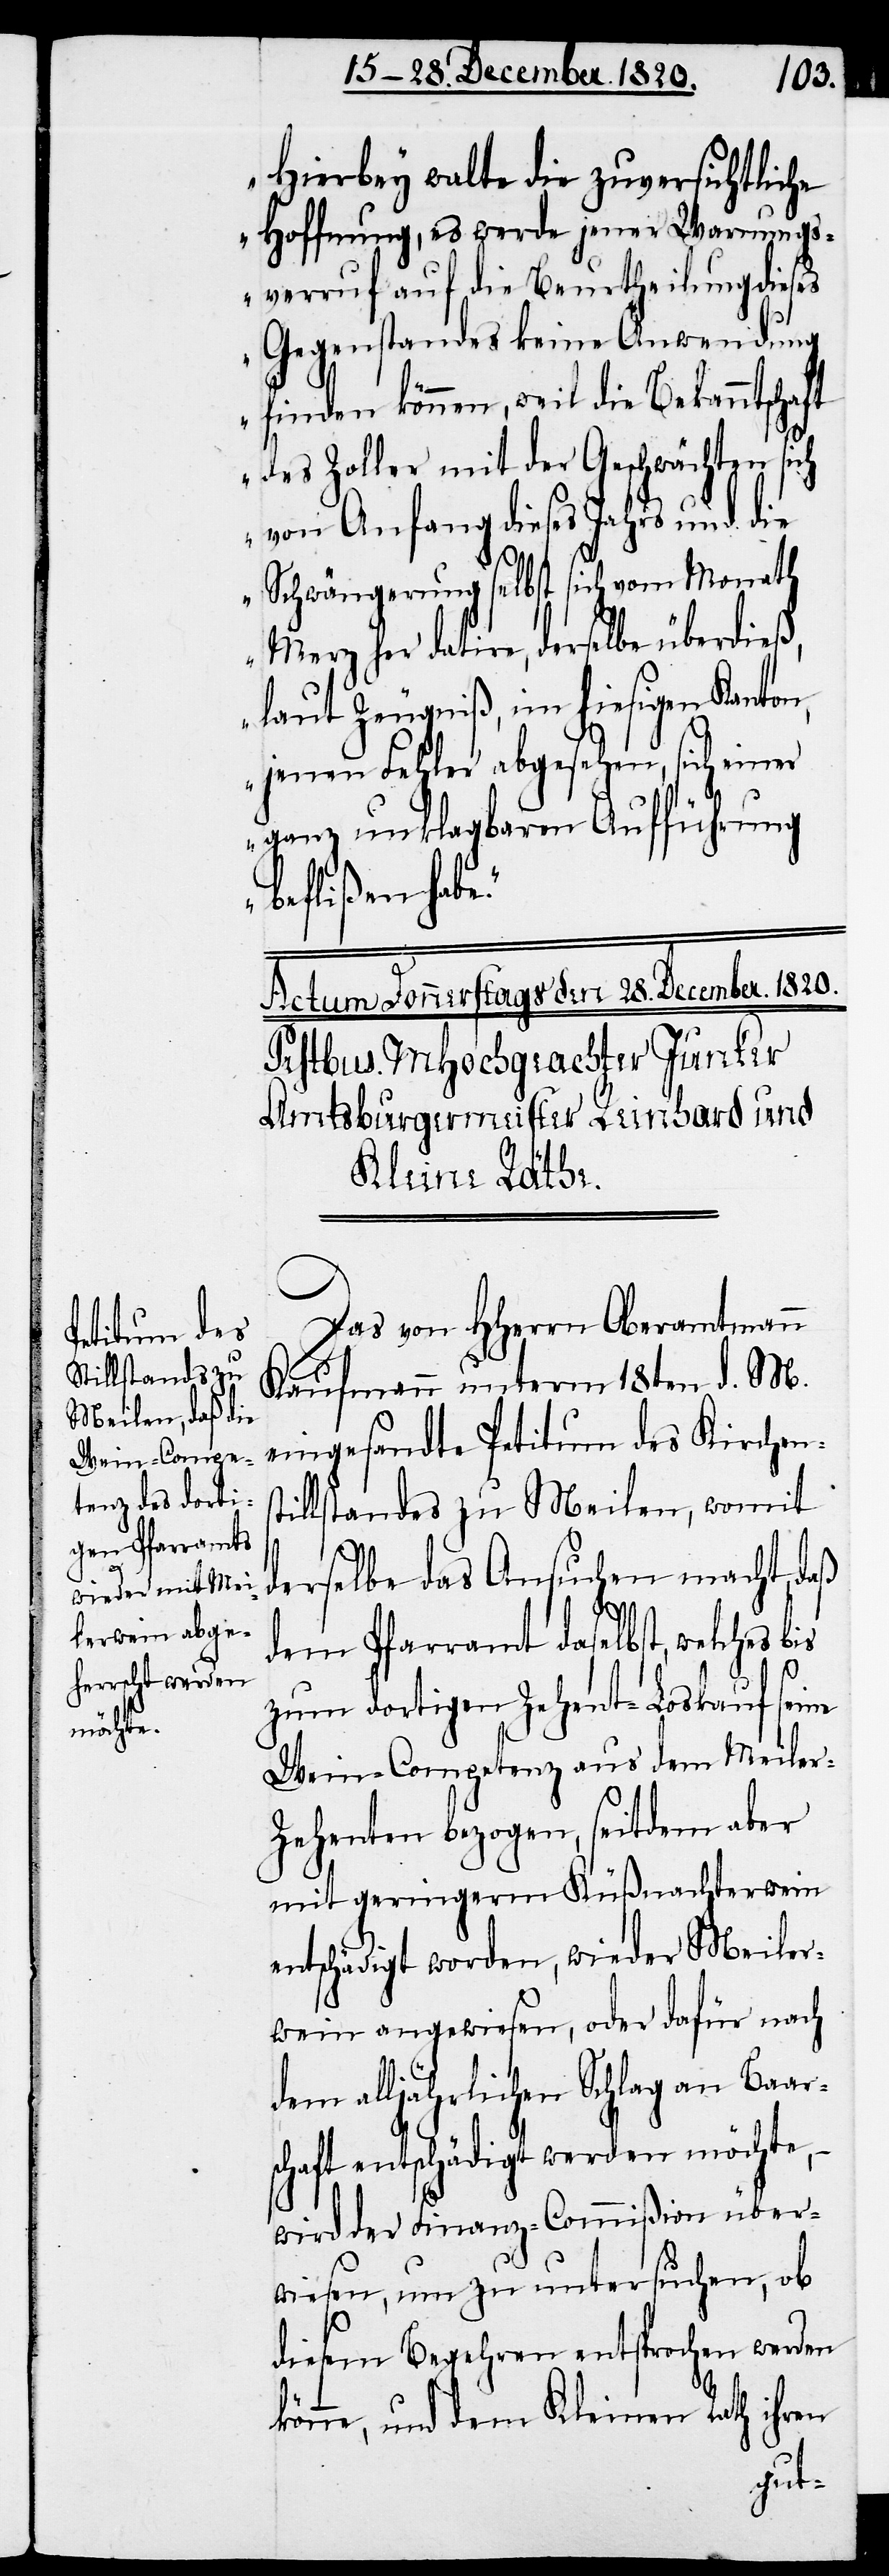
Hierbey walte die zuversichtliche
Hoffnung, es werde jener Warnungs¬
verruf auf die Beurtheilung dieses
Gegenstandes keine Anwendung
finden können, weil die Bekanntschaft
des Zoller mit der Geschwächten sich
von Anfang dieses Jahrs und die
Schwängerung selbst sich vom Monath
Merz her datire, derselbe überdieß,
laut Zeugniß, im hiesigen Kanton,
jenen Fehler abgesehen, sich einer
ganz unklagbaren Aufführung
beflißen habe.“
Das von HHerrn Oberamtmann
Kaufmann unterm 18ten d. M.
eingesandte Petitum des Kirchen¬
illstandes zu Meilen, womit
derselbe das Ansuchen macht, daß
dem Pfarramt daselbst, welches
zum dortigen Zehent-Loskauf seine
Wein-Competenz aus dem Meile¬
r-Zehenten bezogen, seitdem aber
mit geringerm Küßnachterwein
entschädigt worden, wieder Meiler¬
wein angewiesen, oder dafür nach
dem alljährlichen Schlag an Baar¬
schaft entschädigt werden möchte, –
wird der Finanz-Commißion über¬
wiesen, um zu untersuchen, ob
diesem Begehren entsprochen werden
könne, und dem Kleinen Rath ihren
st¬